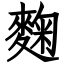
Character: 麴